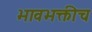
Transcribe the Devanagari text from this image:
भावभक्तीच